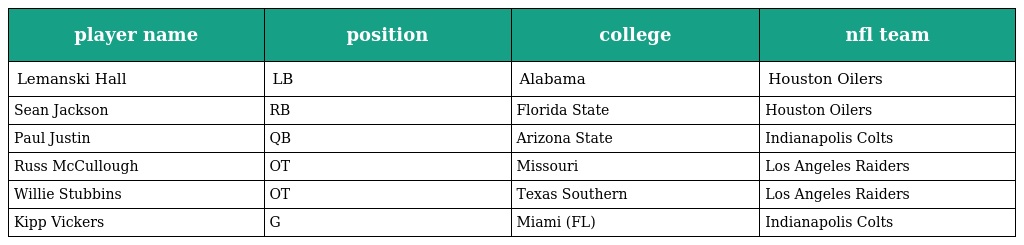
| player name | position | college | nfl team |
 | --- | --- | --- | --- |
 | Lemanski Hall | LB | Alabama | Houston Oilers |
 | Sean Jackson | RB | Florida State | Houston Oilers |
 | Paul Justin | QB | Arizona State | Indianapolis Colts |
 | Russ McCullough | OT | Missouri | Los Angeles Raiders |
 | Willie Stubbins | OT | Texas Southern | Los Angeles Raiders |
 | Kipp Vickers | G | Miami (FL) | Indianapolis Colts |